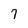
Character: 7